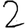
Digit: 2